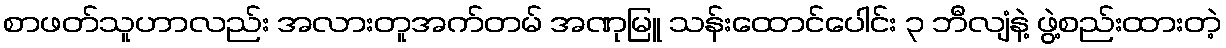
စာဖတ်သူဟာလည်း အလားတူအက်တမ် အဏုမြူ သန်းထောင်ပေါင်း ၃ ဘီလျံနဲ့ ဖွဲ့စည်းထားတဲ့